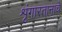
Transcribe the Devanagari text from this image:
शृंगारतानाचे